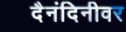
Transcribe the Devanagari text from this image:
दैनंदिनीवर